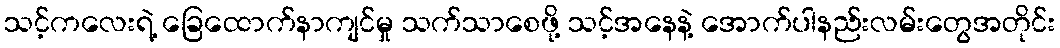
သင့်ကလေးရဲ့ ခြေထောက်နာကျင်မှု သက်သာစေဖို့ သင့်အနေနဲ့ အောက်ပါနည်းလမ်းတွေအတိုင်း